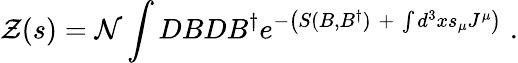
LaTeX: {\cal Z}(s)={\cal N}\int DBDB^{\dagger}e^{-\left(S(B,B^{\dagger})\; +\; \int d^{3}xs_{\mu}J^{\mu}\right)\; }.